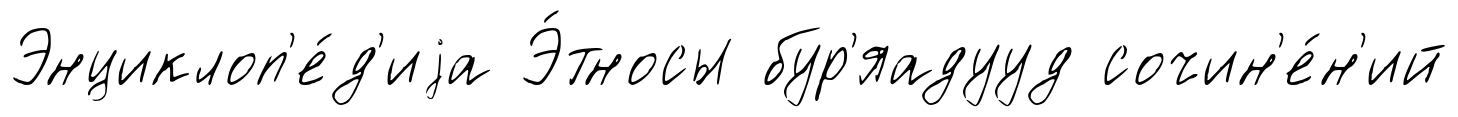
Энциклоп'е́д'иjа Э́тносы бур'яадууд сочин'е́н'ий